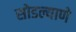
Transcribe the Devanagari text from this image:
सोडल्याणे